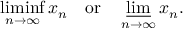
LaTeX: \operatorname* { l i m i n f } _ { n \to \infty } x _ { n } \quad { \mathrm { o r } } \quad \varliminf _ { n \to \infty } x _ { n } .